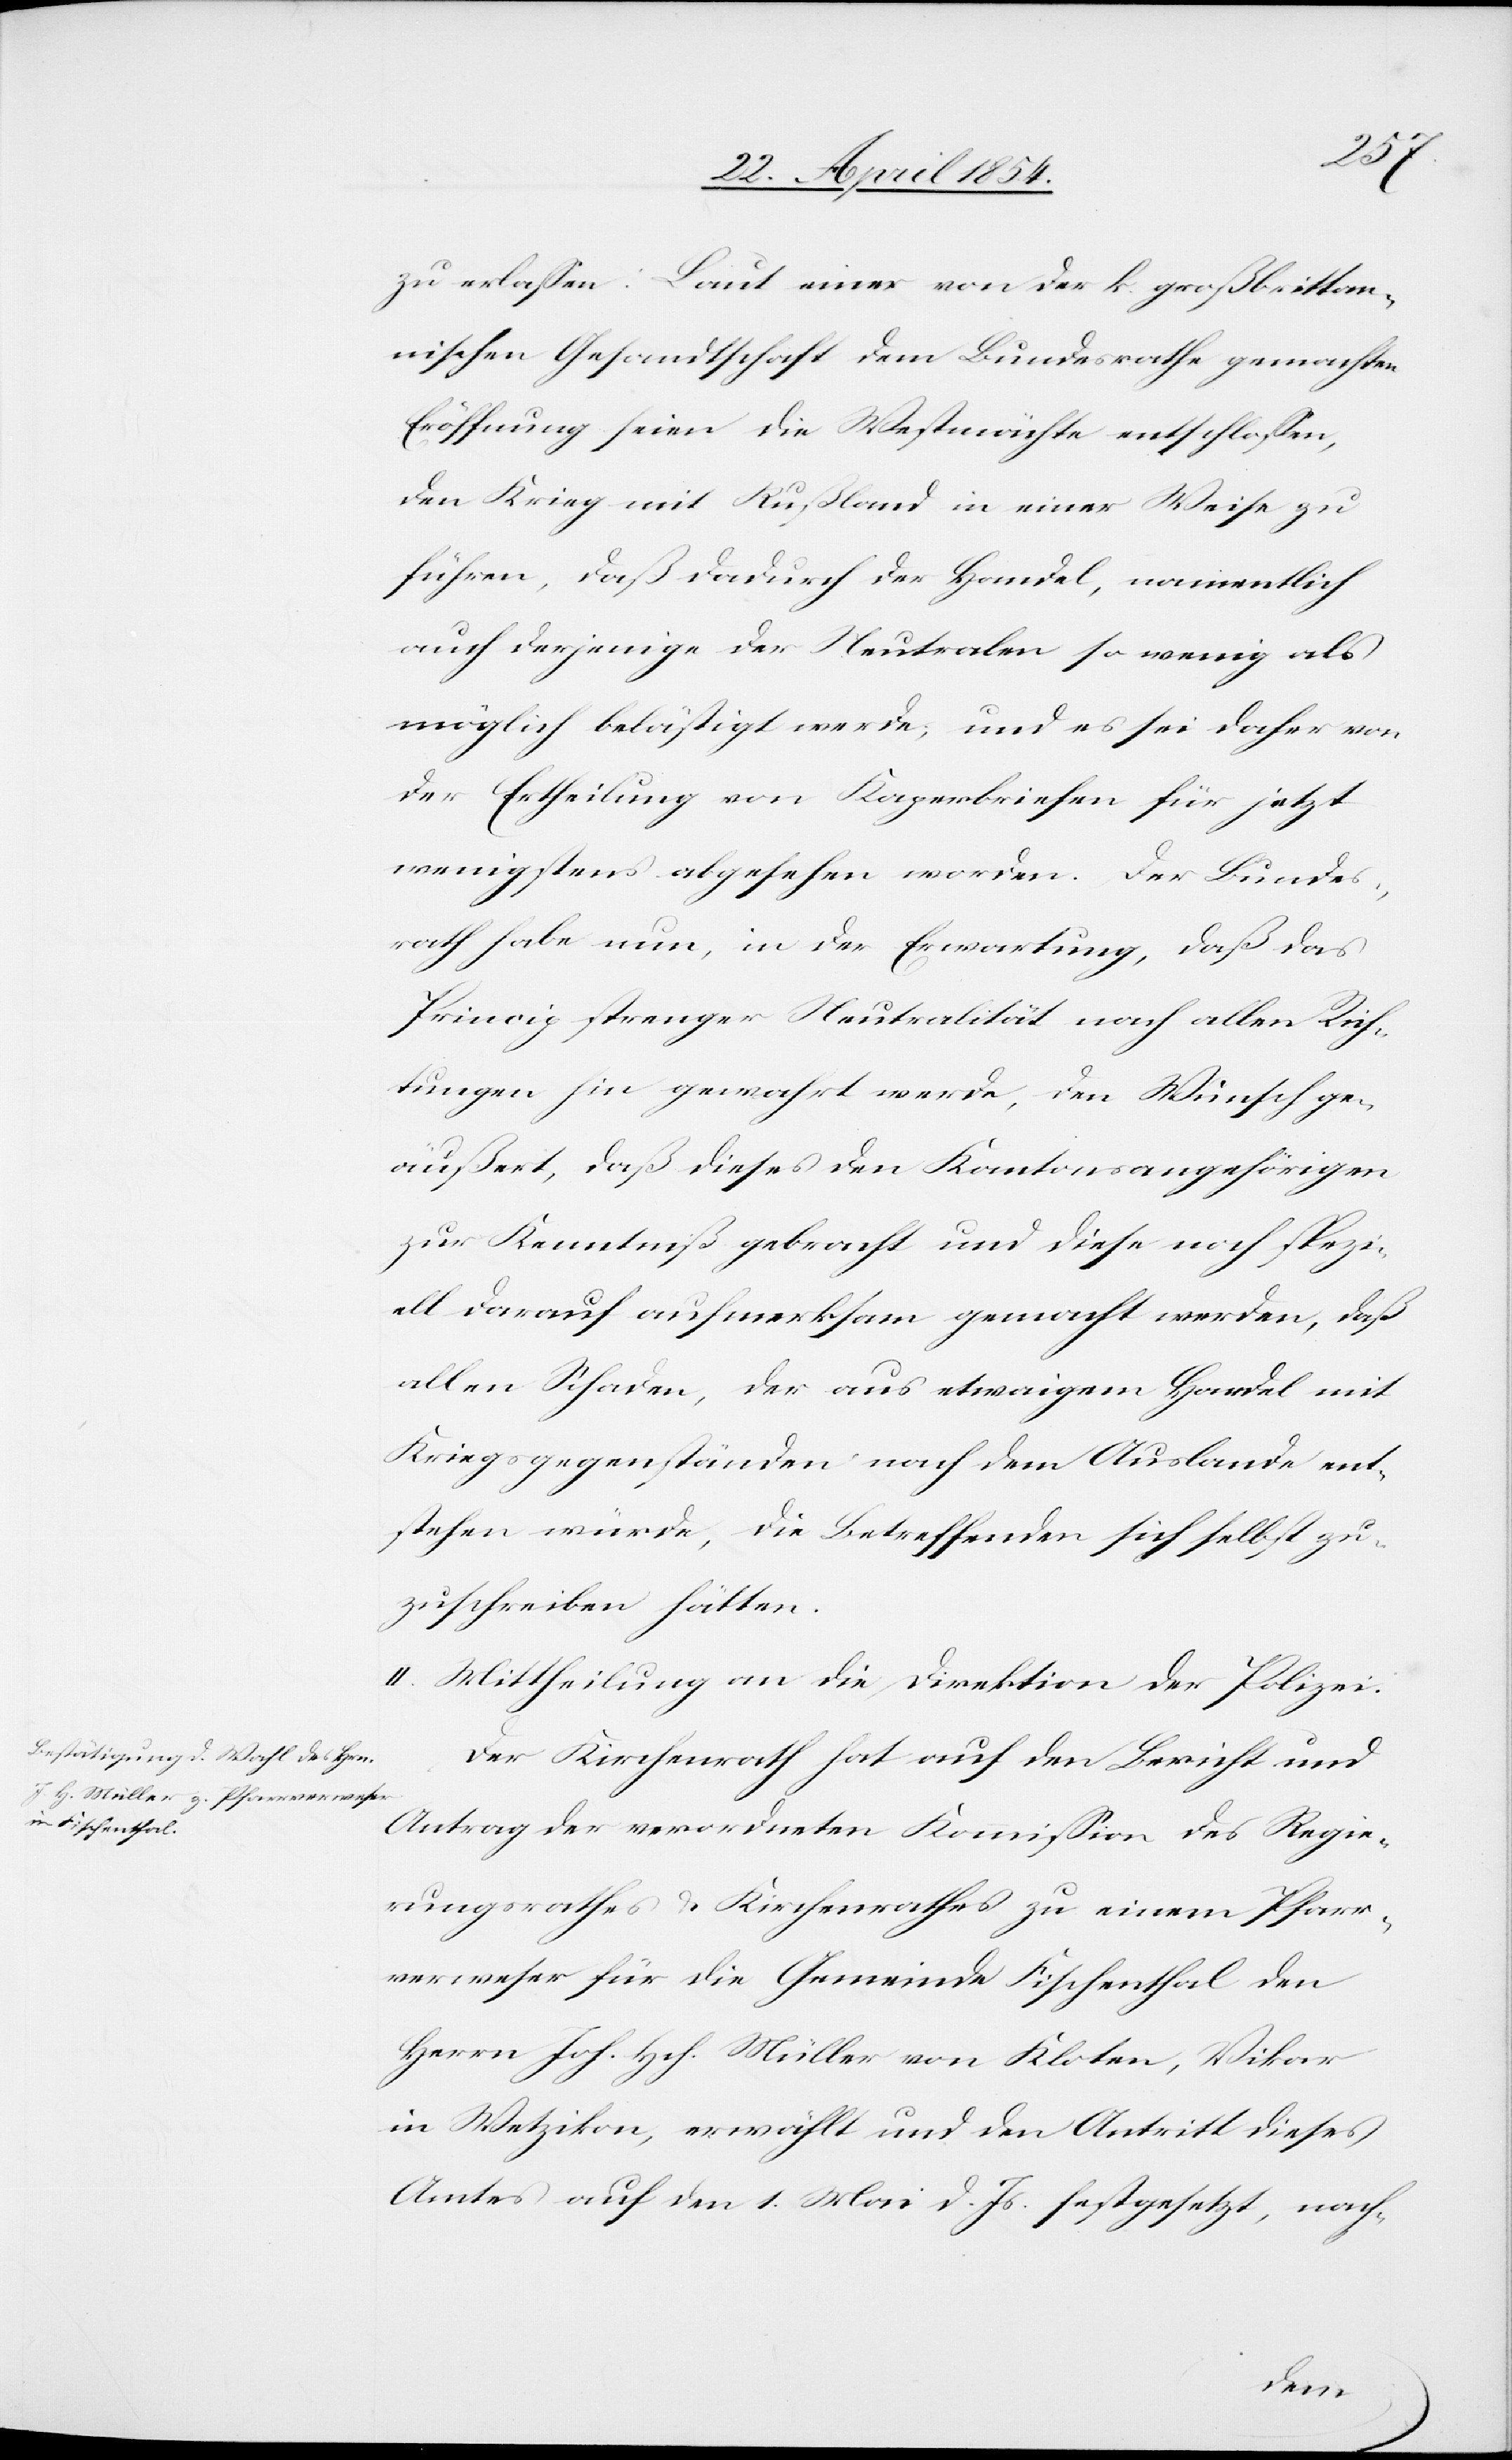
das
zu erlaßen: Laut einer von der k. großbrittan¬
nischen Gesandtschaft dem Bundesrathe gemachten
Eröffnung seien die Westmächte entschloßen,
den Krieg mit Rußland in einer Weise zu
führen, daß dadurch der Handel, namentlich
auch derjenige der Neutralen so wenig als
möglich belästigt werde; und es sei daher von
der Ertheilung von Kaperbriefen für jetzt
wenigstens abgesehen worden. Der Bundes¬
Princip strenger Neutralität nach allen Rich¬
tungen hin gewahrt werde, den Wunsch ge¬
äußert, daß dieses den Kantonsangehörigen
zur Kenntniß gebracht und diese noch spezi¬
ell darauf aufmerksam gemacht werden, daß
allen Schaden, der aus etwaigem Handel mit
Kriegsgegenständen nach dem Auslande ent¬
stehen würde, die Betreffenden sich selbst zu¬
zuschreiben hätten.
II. Mittheilung an die Direktion der Polizei.
Der Kirchenrath hat auch den Bericht und
Antrag der verordneten Kommißion des Regie¬
rungsrathes & Kirchenrathes zu einem Pfarr¬
verweser für die Gemeinde Fischenthal den
Herrn Joh. Hch. Müller von Kloten, Vikar
in Wetzikon, erwählt und den Antritt dieses
Amtes auf den 1. Mai d. Js. festgesetzt, nach-